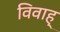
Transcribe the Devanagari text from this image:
विवाह्